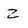
Character: z